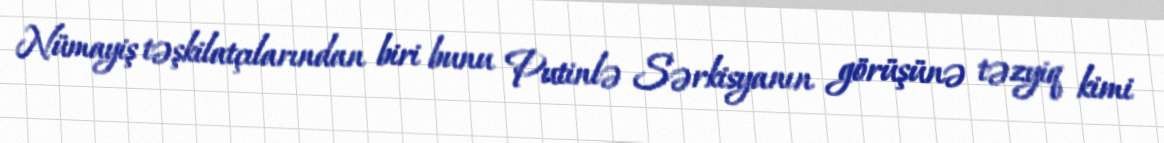
Nümayiş təşkilatçılarından biri bunu Putinlə Sərkisyanın görüşünə təzyiq kimi